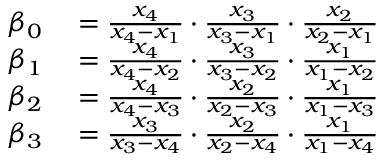
\begin{array} { r l } { \beta _ { 0 } } & { { } = \frac { x _ { 4 } } { x _ { 4 } - x _ { 1 } } \cdot \frac { x _ { 3 } } { x _ { 3 } - x _ { 1 } } \cdot \frac { x _ { 2 } } { x _ { 2 } - x _ { 1 } } } \\ { \beta _ { 1 } } & { { } = \frac { x _ { 4 } } { x _ { 4 } - x _ { 2 } } \cdot \frac { x _ { 3 } } { x _ { 3 } - x _ { 2 } } \cdot \frac { x _ { 1 } } { x _ { 1 } - x _ { 2 } } } \\ { \beta _ { 2 } } & { { } = \frac { x _ { 4 } } { x _ { 4 } - x _ { 3 } } \cdot \frac { x _ { 2 } } { x _ { 2 } - x _ { 3 } } \cdot \frac { x _ { 1 } } { x _ { 1 } - x _ { 3 } } } \\ { \beta _ { 3 } } & { { } = \frac { x _ { 3 } } { x _ { 3 } - x _ { 4 } } \cdot \frac { x _ { 2 } } { x _ { 2 } - x _ { 4 } } \cdot \frac { x _ { 1 } } { x _ { 1 } - x _ { 4 } } } \end{array}